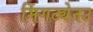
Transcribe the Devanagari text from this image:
मिंगट्येनउ